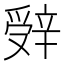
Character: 辤